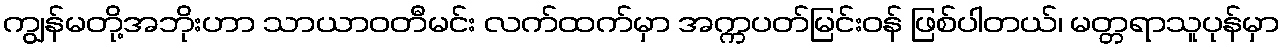
ကျွန်မတို့အဘိုးဟာ သာယာဝတီမင်း လက်ထက်မှာ အက္ကပတ်မြင်းဝန် ဖြစ်ပါတယ်၊ မတ္တရာသူပုန်မှာ